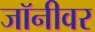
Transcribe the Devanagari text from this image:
जॉनीवर